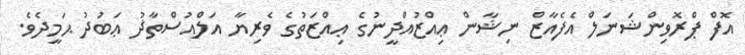
އޮފް ޕްރޮވިންޝަނަލް އެފެއާޒް ނިޝާން ޢިއްޒުއްދީނުގެ ޢިއްޒަތުގެ ވެރިޔާ އަލްއުސްތާޛު ޢަބުދު ޙަމީދެވެ.